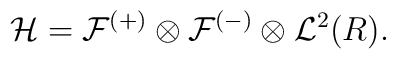
{\cal H} = {\cal F}^{(+)} \otimes {\cal F}^{(-)}\otimes{\cal L}^2(R).